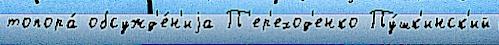
топора́ обсужд'е́н'иjа П'ер'еход'енко Пу́шк'инск'ий